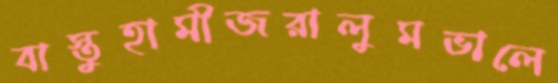
বাস্তুহামীজরালুমভালে